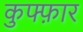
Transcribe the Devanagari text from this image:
कुफ्फ़ार